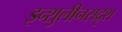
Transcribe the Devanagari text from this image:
इन्शुलीनसदृश